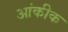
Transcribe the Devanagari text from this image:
आंकीक